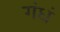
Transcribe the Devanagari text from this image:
गंधं